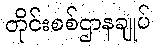
တိုင်းစစ်ဌာနချုပ်